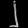
Digit: ၂